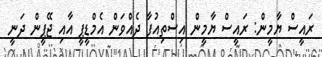
ރައީސް ޔާމީން: ރައީސް ޔާމީން އިސްތިއުފާ ދެއްވަން އެމްޑީޕީ އާއި ޖޭޕީން ދަނީ